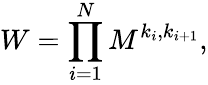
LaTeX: W=\prod_{i=1}^{N}M^{k_{i},k_{i+1}},